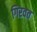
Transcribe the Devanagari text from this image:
गिरवत